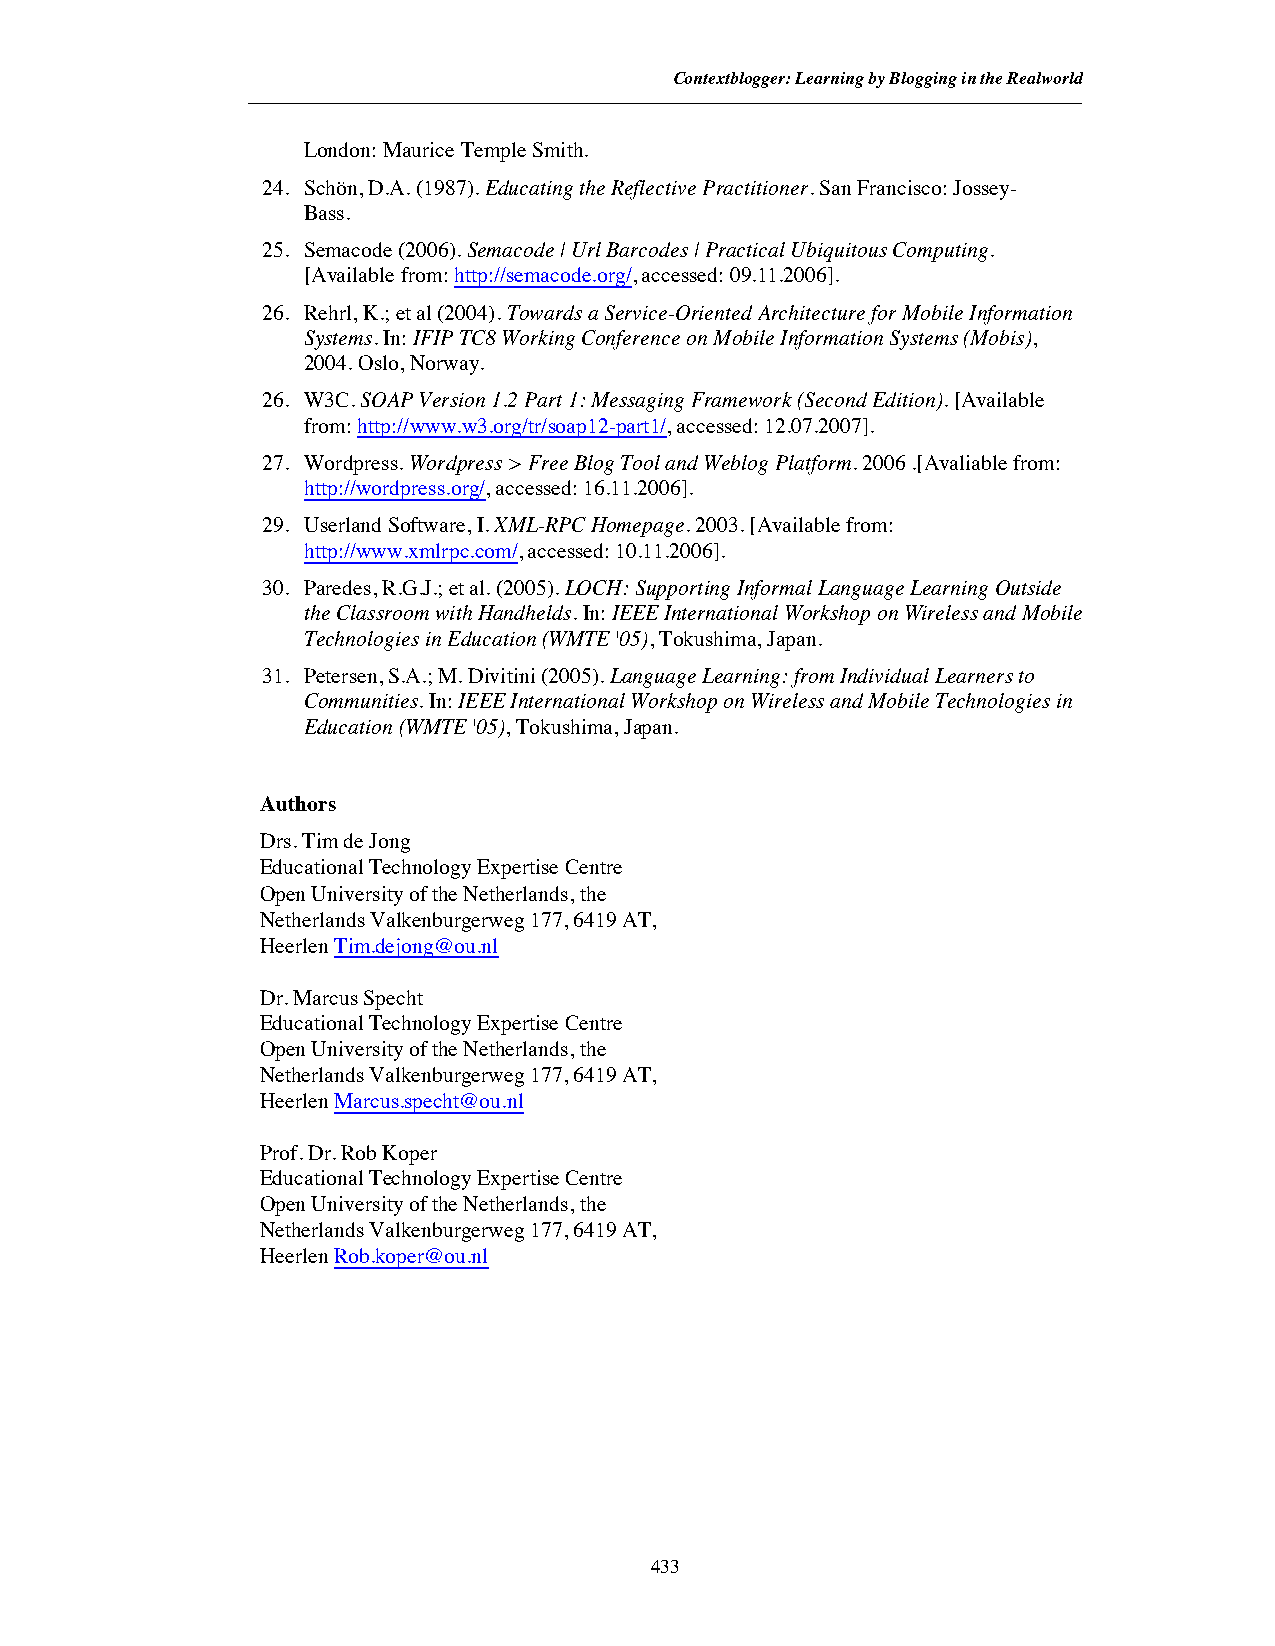
Contextblogger: Learning by Blogging in the Realworld
 London: MauriceTempleSmith.
 24. Schön, D.A. (1987).Educating theReflectivePractitioner. SanFrancisco: Jossey-
 Bass.
 25. Semacode (2006).Semacode| UrlBarcodes|Practical Ubiquitous Computing.
 [Available from:http://semacode.org/, accessed: 09.11.2006].
 26. Rehrl, K.; et al (2004).Towards aService-OrientedArchitecture forMobileInformation
 Systems.In:IFIP TC8 WorkingConference onMobileInformationSystems(Mobis),
 2004. Oslo, Norway.
 26. W3C.SOAP Version1.2 Part1: MessagingFramework(SecondEdition). [Available
 from:http://www.w3.org/tr/soap12-part1/, accessed: 12.07.2007].
 27. Wordpress.Wordpress> FreeBlogTool andWeblogPlatform. 2006 .[Avaliable from:
 http://wordpress.org/, accessed: 16.11.2006].
 29. UserlandSoftware, I.XML-RPCHomepage. 2003. [Available from:
 http://www.xmlrpc.com/, accessed: 10.11.2006].
 30. Paredes, R.G.J.; et al. (2005).LOCH: SupportingInformalLanguageLearningOutside
 theClassroom withHandhelds.In:IEEE InternationalWorkshop onWireless andMobile
 Technologies inEducation(WMTE '05),Tokushima, Japan.
 31. Petersen, S.A.; M. Divitini (2005).LanguageLearning: fromIndividualLearners to
 Communities.In:IEEE InternationalWorkshop onWireless andMobileTechnologiesin
 Education(WMTE '05),Tokushima, Japan.
 Authors
 Drs. Tim de Jong
 Educational Technology Expertise Centre
 Open University of the Netherlands, the
 Netherlands Valkenburgerweg 177, 6419 AT,
 HeerlenTim.dejong@ou.nl
 Dr. Marcus Specht
 Educational Technology Expertise Centre
 Open University of the Netherlands, the
 Netherlands Valkenburgerweg 177, 6419 AT,
 HeerlenMarcus.specht@ou.nl
 Prof. Dr. Rob Koper
 Educational Technology Expertise Centre
 Open University of the Netherlands, the
 Netherlands Valkenburgerweg 177, 6419 AT,
 HeerlenRob.koper@ou.nl
 433